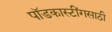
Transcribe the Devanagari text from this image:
पॉडकास्टींगसाठी